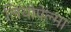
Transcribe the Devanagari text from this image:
लियोपेल्मा